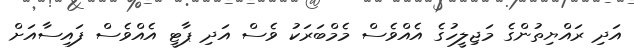
އަދި ރައްޔިތުންގެ މަޖިލީހުގެ އެއްވެސް މެމްބަރަކު ވެސް އަދި ޕާޓީ އެއްވެސް ފައިސާއަށް